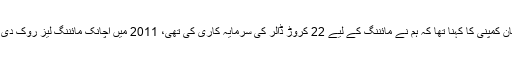
ٹیتھیان کمپنی کا کہنا تھا کہ ہم نے مائننگ کے لیے 22 کروڑ ڈالر کی سرمایہ کاری کی تھی، 2011 میں اچانک مائننگ لیز روک دی گئی۔